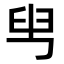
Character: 𦥕